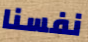
نفسنا